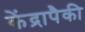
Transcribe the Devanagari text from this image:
केंद्रापैकी